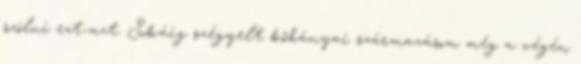
szólni ezt-azt. Sokáig szégyelt kőbányai származásom még a végén